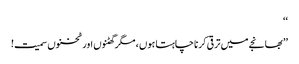
‘‘
’’بھانجے میں ترقی کرنا چاہتا ہوں ، مگر گھٹنوں اور ٹخنوں سمیت!